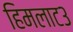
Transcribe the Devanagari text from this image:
हिमलाट३